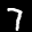
Label: 7